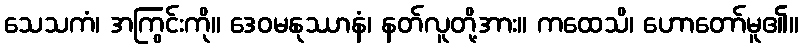
သေသကံ၊ အကြွင်းကို။ ဒေဝမနုဿာနံ၊ နတ်လူတို့အား။ ကထေသိ၊ ဟောတော်မူ၏။